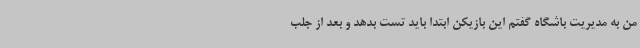
من به مدیریت باشگاه گفتم این بازیکن ابتدا باید تست بدهد و بعد از جلب